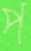
প